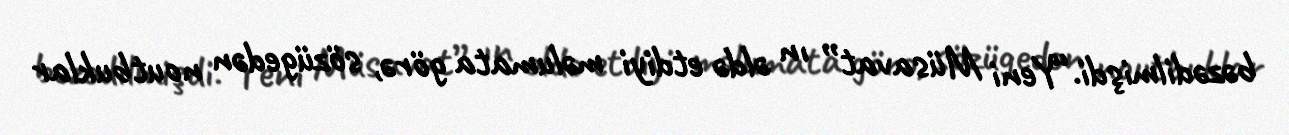
bəzədilmişdi.“Yeni Müsavat” ın əldə etdiyi məlumata görə, sözügedən noutbuklar